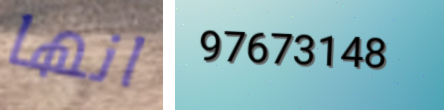
انها 97673148